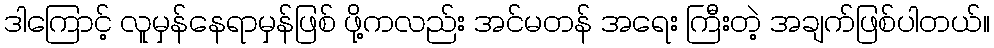
ဒါကြောင့် လူမှန်နေရာမှန်ဖြစ် ဖို့ကလည်း အင်မတန် အရေး ကြီးတဲ့ အချက်ဖြစ်ပါတယ်။